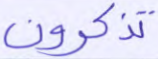
تذكرون